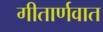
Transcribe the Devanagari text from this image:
गीतार्णवात